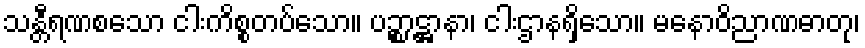
သန္တီရဏစသော ငါးကိစ္စတပ်သော။ ပဉ္စာဋ္ဌာနာ၊ ငါးဌာနရှိသော။ မနောဝိညာဏဓာတု၊